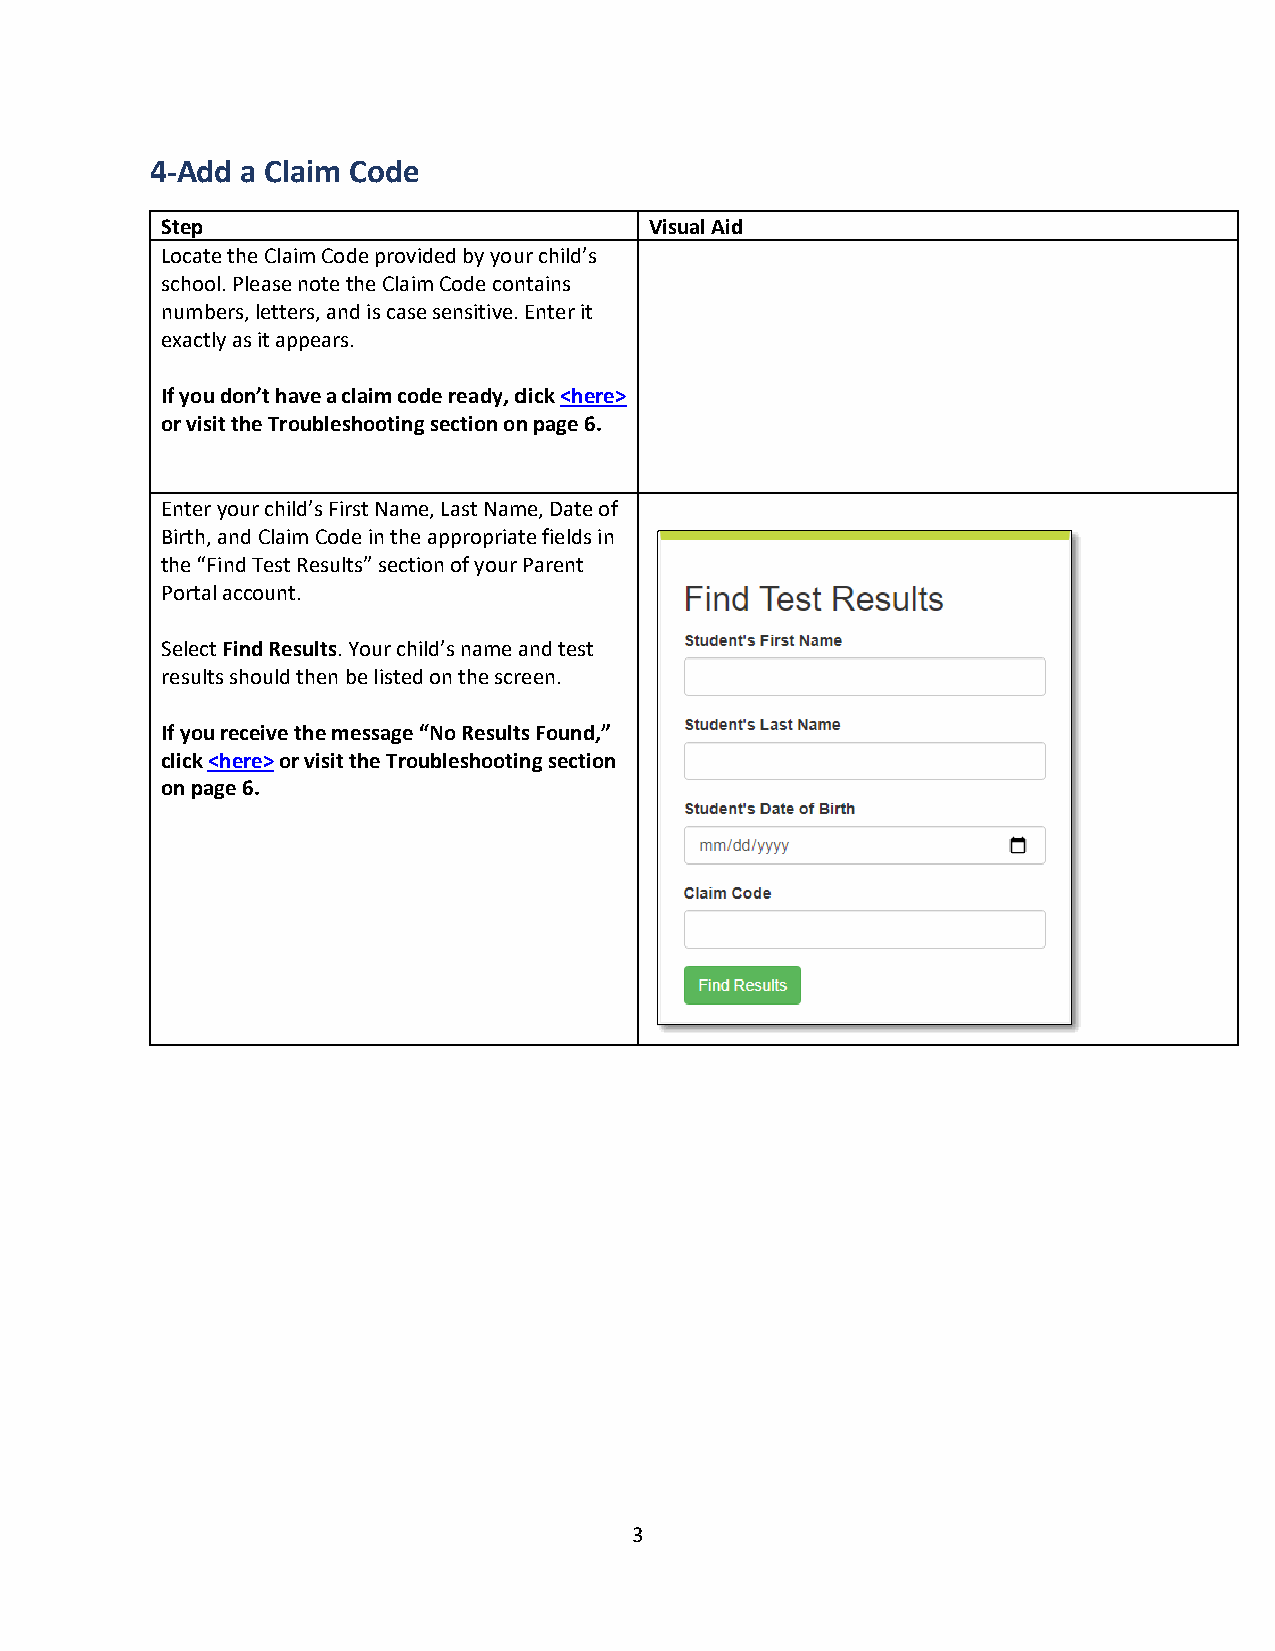
4-Add a Claim Code
 Step                            Visual Aid
 Locate the Claim Code provided by your child’s
 school. Please note the Claim Code contains
 numbers, letters, and is case sensitive. Enter it
 exactly as it appears.
 If you don’t have a claim code ready, click <here>
 or visit the Troubleshooting section on page 6.
 Enter your child’s First Name, Last Name, Date of
 Birth, and Claim Code in the appropriate fields in
 the “Find Test Results” section of your Parent
 Portal account.
 Select Find Results. Your child’s name and test
 results should then be listed on the screen.
 If you receive the message “No Results Found,”
 click <here> or visit the Troubleshooting section
 on page 6.
 3